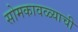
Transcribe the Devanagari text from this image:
सोमकावळ्याची